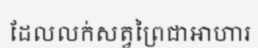
ដែលលក់សត្វព្រៃជាអាហារ